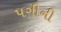
પગીની